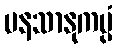
မနသာနုကမ္ပံ